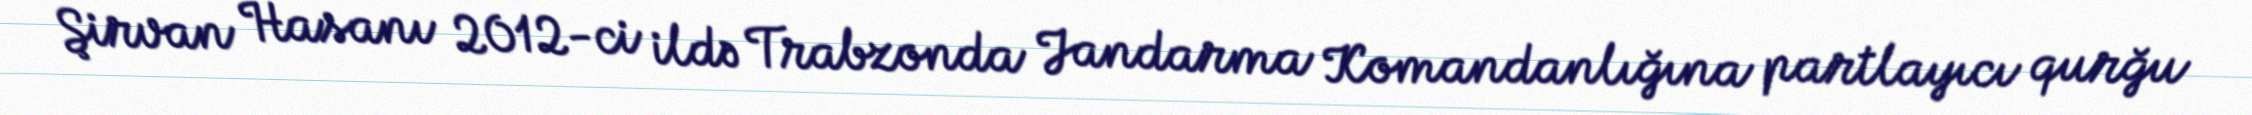
Şirvan Hasanı 2012-ci ildə Trabzonda Jandarma Komandanlığına partlayıcı qurğu